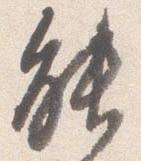
能